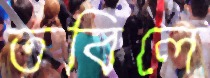
তবিলে